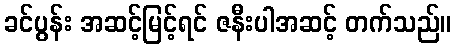
ခင်ပွန်း အဆင့်မြင့်ရင် ဇနီးပါအဆင့် တက်သည်။